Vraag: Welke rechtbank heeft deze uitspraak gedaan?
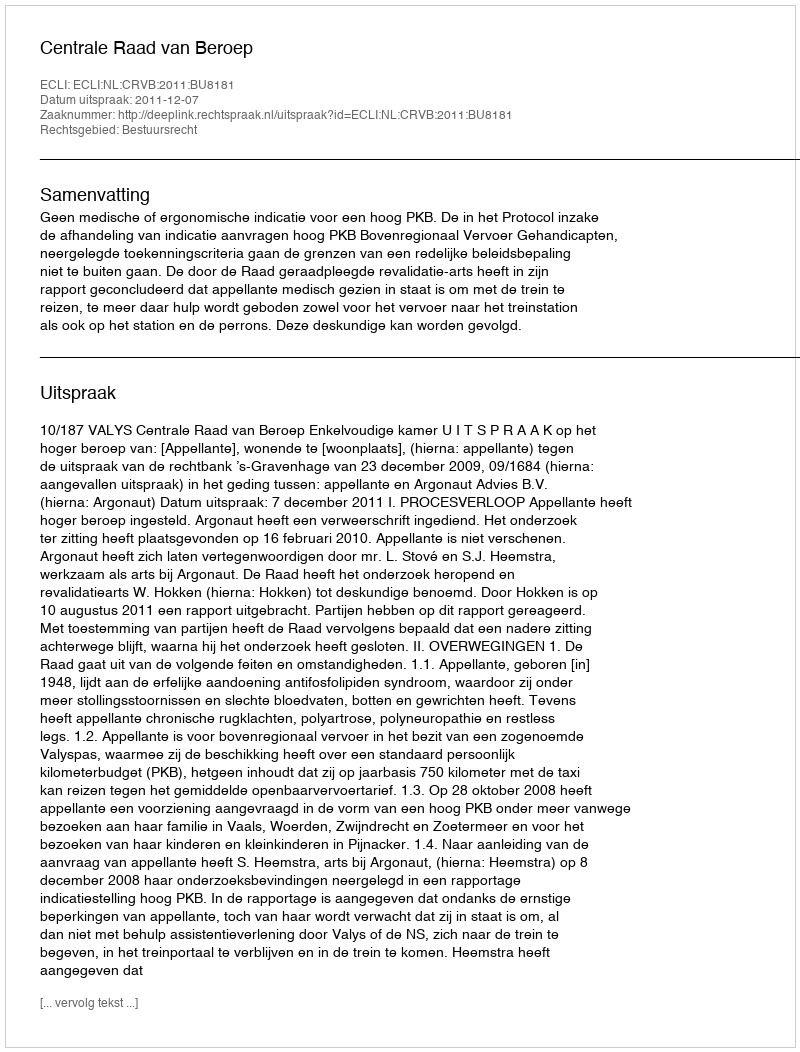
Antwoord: Centrale Raad van Beroep